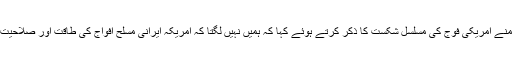
انہوں نے علاقائی بحران کے سامنے امریکی فوج کی مسلسل شکست کا ذکر کرتے ہوئے کہا کہ ہمیں نہیں لگتا کہ امریکہ ایرانی مسلح افواج کی طاقت اور صلاحیت کو آزمانے کی غلطی کرے گا‘۔